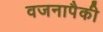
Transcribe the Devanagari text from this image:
वजनापैकी